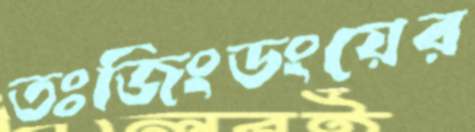
তঃজিংডংয়ের